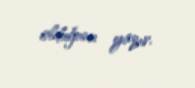
olduğunu yazır.